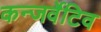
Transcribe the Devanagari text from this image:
कन्जर्वेटिव